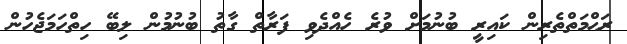
ރަޙްމަތްތެރިން ކައިރީ ބުނުމަށް ވުރެ ހެއްދެވި ފަރާތް ގާތު ބުނުމުން ލިބޭ ހިތްހަމަޖެހުން